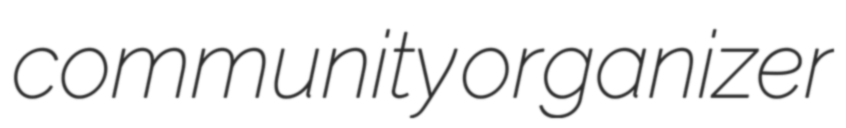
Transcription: community organizer